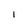
Character: I